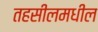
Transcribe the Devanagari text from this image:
तहसीलमधील